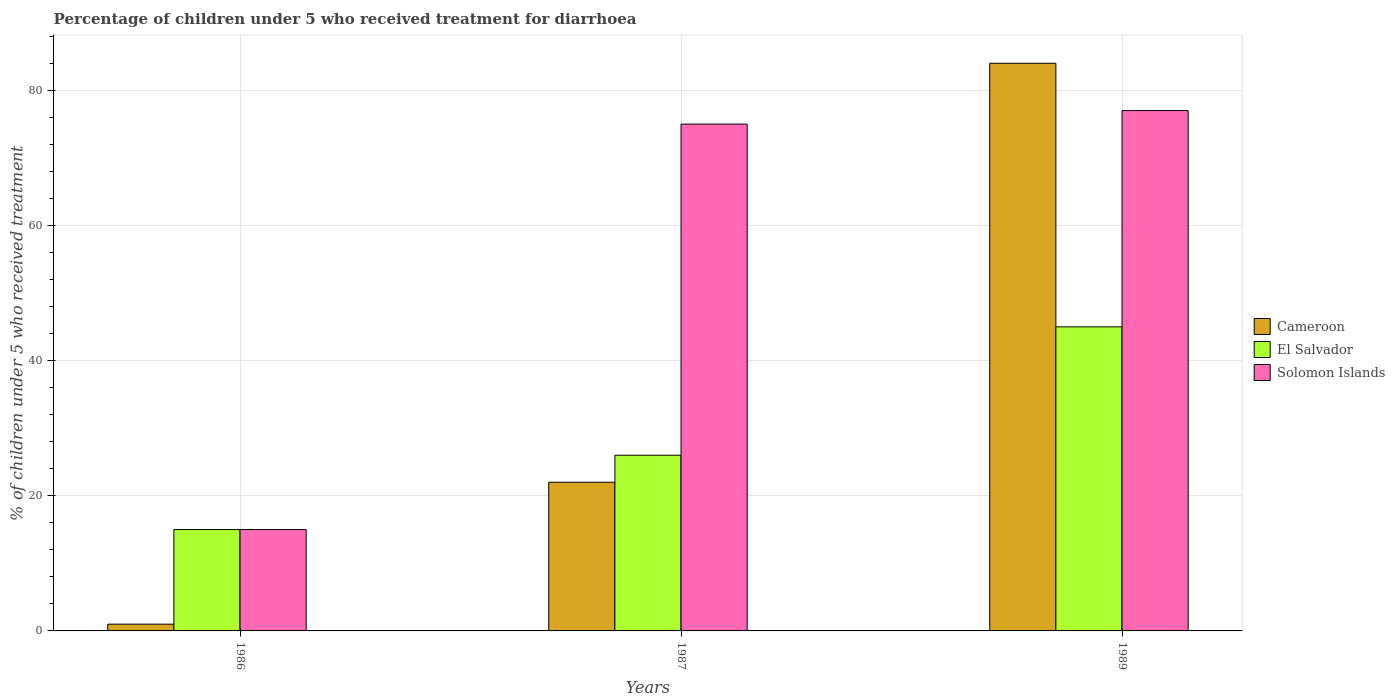
| Years | Cameroon | El Salvador | Solomon Islands |
 | --- | --- | --- | --- |
 | 1986 | 1 | 15 | 15 |
 | 1987 | 22 | 26 | 75 |
 | 1989 | 84 | 45 | 77 |